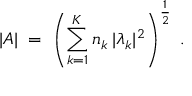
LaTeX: | A | \; = \; \left( \sum _ { k = 1 } ^ { K } n _ { k } \: | \lambda _ { k } | ^ { 2 } \right) ^ { \frac { 1 } { 2 } } \; .